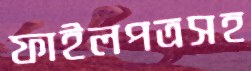
ফাইলপত্রসহ